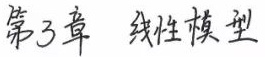
第3章 线性模型